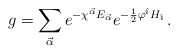
\begin{align*} g =\sum_{\vec\alpha }e^{-\chi^{\vec\alpha} E_{\vec\alpha}} e^{-\frac{1}{2}\varphi^{\hat\imath} H_{\hat \imath}}\, .\end{align*}